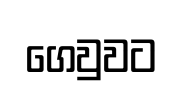
ගෙවුවට